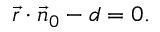
{ \vec { r } } \cdot { \vec { n } } _ { 0 } - d = 0 .